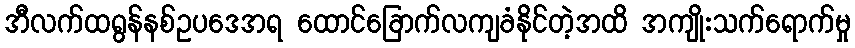
အီလက်ထရွန်နစ်ဥပဒေအရ ထောင်ခြောက်လကျခံနိုင်တဲ့အထိ အကျိုးသက်ရောက်မှု